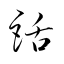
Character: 話